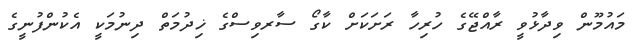
މައުމޫން ވިދާޅުވީ ރާއްޖޭގެ ހުރިހާ ރަށަކަށް ކާގޯ ސާރވިސްގެ ޚިދުމަތް ދިނުމަކީ އެކުންފުނީގެ